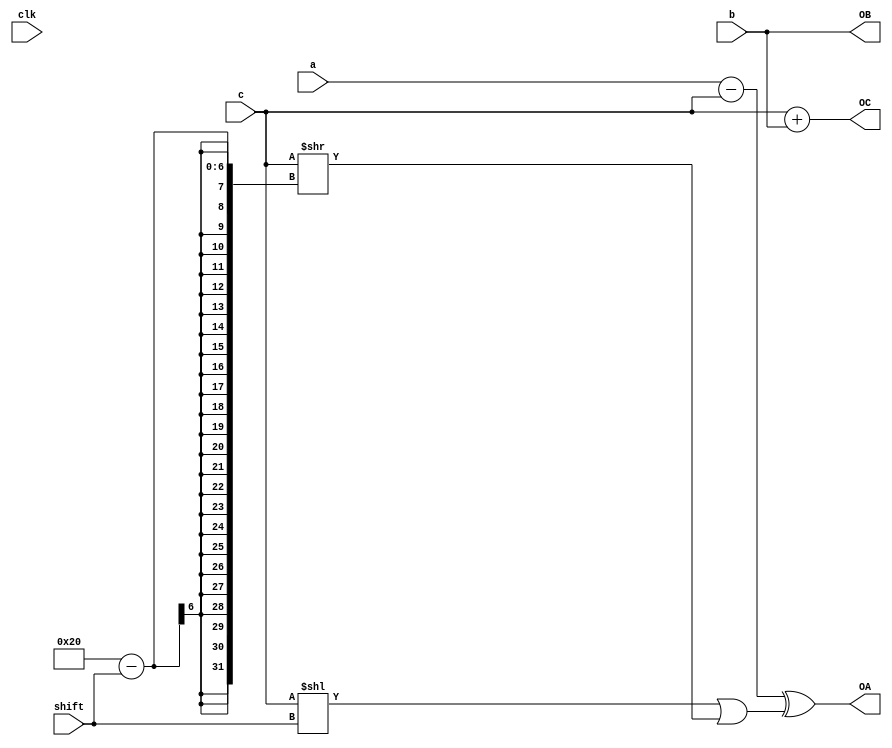
module mix(/*AUTOARG*/
   // Outputs
   OA, OB, OC,
   // Inputs
   a, b, c, clk, shift
   );
   input [31:0] a, b, c;
   output [31:0] OA, OB, OC;
   input 	 clk;
   input [4:0] 	 shift;
   
   assign 	 OA = (a - c) ^ ( (c << shift) | (c >> (32 - shift)) );
   assign 	 OC = c + b;
   assign 	 OB = b;
   
endmodule